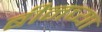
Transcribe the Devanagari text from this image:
बीनच्या